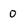
Character: 0